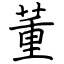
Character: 董